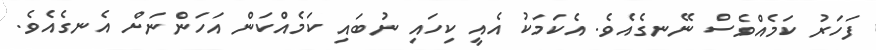
ފަހަރު ކަމެއްވެސް ނޭނގެއެވެ. އެކަމަކު އެއީ ކިހައި ނުބައި ކަމެއްކަން އަހަންނަށް އެނގެއެވެ.